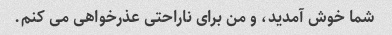
شما خوش آمدید، و من برای ناراحتی عذرخواهی می کنم.